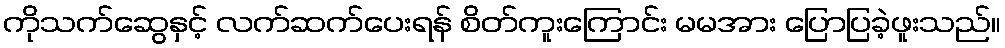
ကိုသက်ဆွေနှင့် လက်ဆက်ပေးရန် စိတ်ကူးကြောင်း မမအား ပြောပြခဲ့ဖူးသည်။